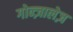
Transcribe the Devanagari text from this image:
गोन्ज़ालेज़